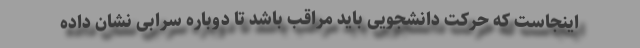
اینجاست که حرکت دانشجویی باید مراقب باشد تا دوباره سرابی نشان داده